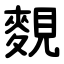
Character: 麲